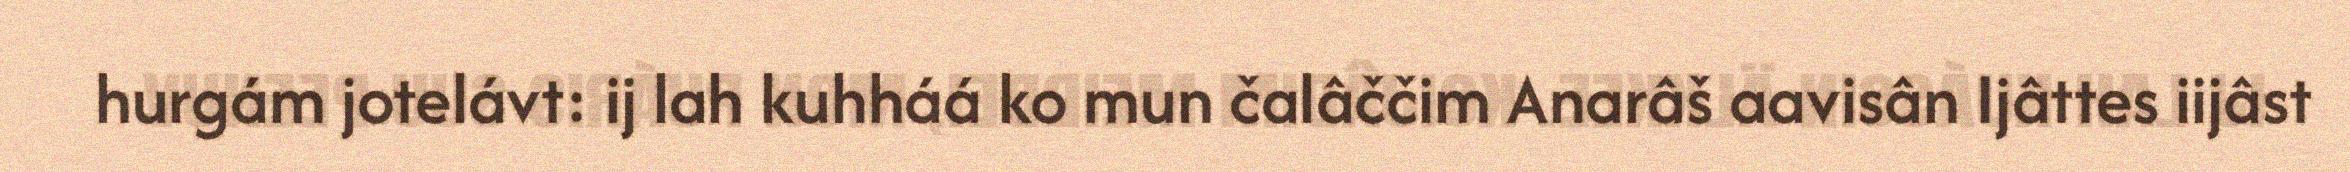
hurgám jotelávt: ij lah kuhháá ko mun čalâččim Anarâš aavisân Ijâttes iijâst